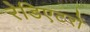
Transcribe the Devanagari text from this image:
रेडिएटरों